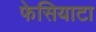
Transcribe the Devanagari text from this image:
फेसियाटा